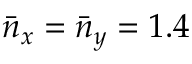
\bar { n } _ { x } = \bar { n } _ { y } = 1 . 4